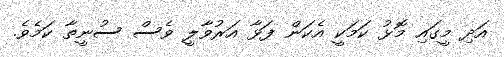
އަދި މީގައި މޮޅު ކަމަކީ އެކަން ފަޅާ އަރުވާލީ ވެސް ސުނީތާ ކަމެވެ.